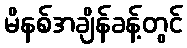
မိနစ်အချိန်ခန့်တွင်